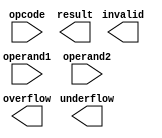
module floating_point_ALU(
    input [31:0] operand1,
    input [31:0] operand2,
    input [1:0] opcode,
    output [31:0] result,
    output overflow,
    output underflow,
    output invalid
);

// Modules for IEEE 754 representation, addition, subtraction, multiplication, division, and exception handling
// Code for these modules goes here

// Floating point ALU logic
// Code for performing arithmetic operations based on opcode goes here

endmodule